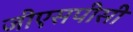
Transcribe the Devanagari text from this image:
जीएसपीसी